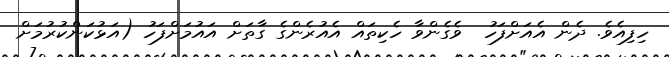
ހިފިއެވެ. ދެން އެއަށްފަހު  ވެގެންވާ ހެކިތައް އެއުރެންގެ ގާތަށް އައުމަށްފަހު (އަޅުކަންކުރުމަށް